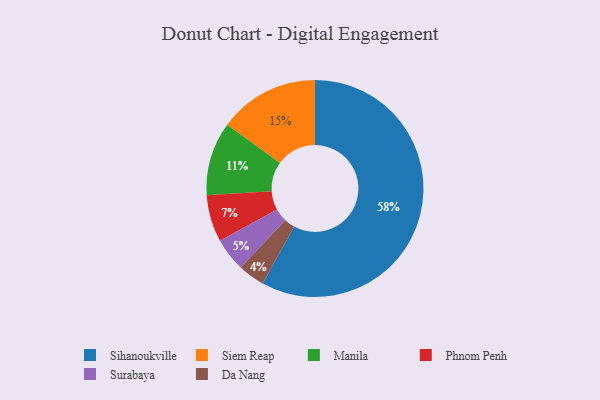
{"axis": {"x": "Category", "y": "Percentage"}, "legend": ["Da Nang", "Manila", "Phnom Penh", "Siem Reap", "Sihanoukville", "Surabaya"], "data": [{"x": "Sihanoukville", "y": 58, "type": "Sihanoukville"}, {"x": "Da Nang", "y": 4, "type": "Da Nang"}, {"x": "Siem Reap", "y": 15, "type": "Siem Reap"}, {"x": "Surabaya", "y": 5, "type": "Surabaya"}, {"x": "Phnom Penh", "y": 7, "type": "Phnom Penh"}, {"x": "Manila", "y": 11, "type": "Manila"}]}